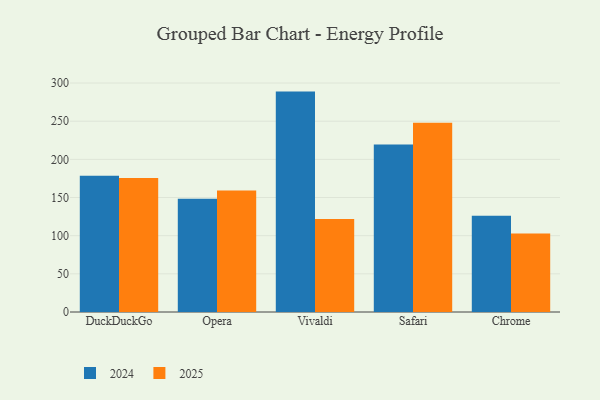
{"axis": {"x": "Browser", "y": "Energy Usage (MWh)"}, "legend": ["2024", "2025"], "data": [{"x": "DuckDuckGo", "y": 175.5, "type": "2025"}, {"x": "DuckDuckGo", "y": 178.4, "type": "2024"}, {"x": "Opera", "y": 159.2, "type": "2025"}, {"x": "Opera", "y": 148.5, "type": "2024"}, {"x": "Vivaldi", "y": 121.7, "type": "2025"}, {"x": "Vivaldi", "y": 288.8, "type": "2024"}, {"x": "Safari", "y": 247.9, "type": "2025"}, {"x": "Safari", "y": 219.5, "type": "2024"}, {"x": "Chrome", "y": 102.8, "type": "2025"}, {"x": "Chrome", "y": 126.2, "type": "2024"}]}